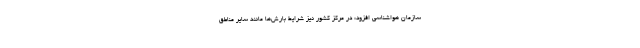
سازمان هواشناسی افزود: در مرکز کشور نیز شرایط بارش‌ها مانند سایر مناطق